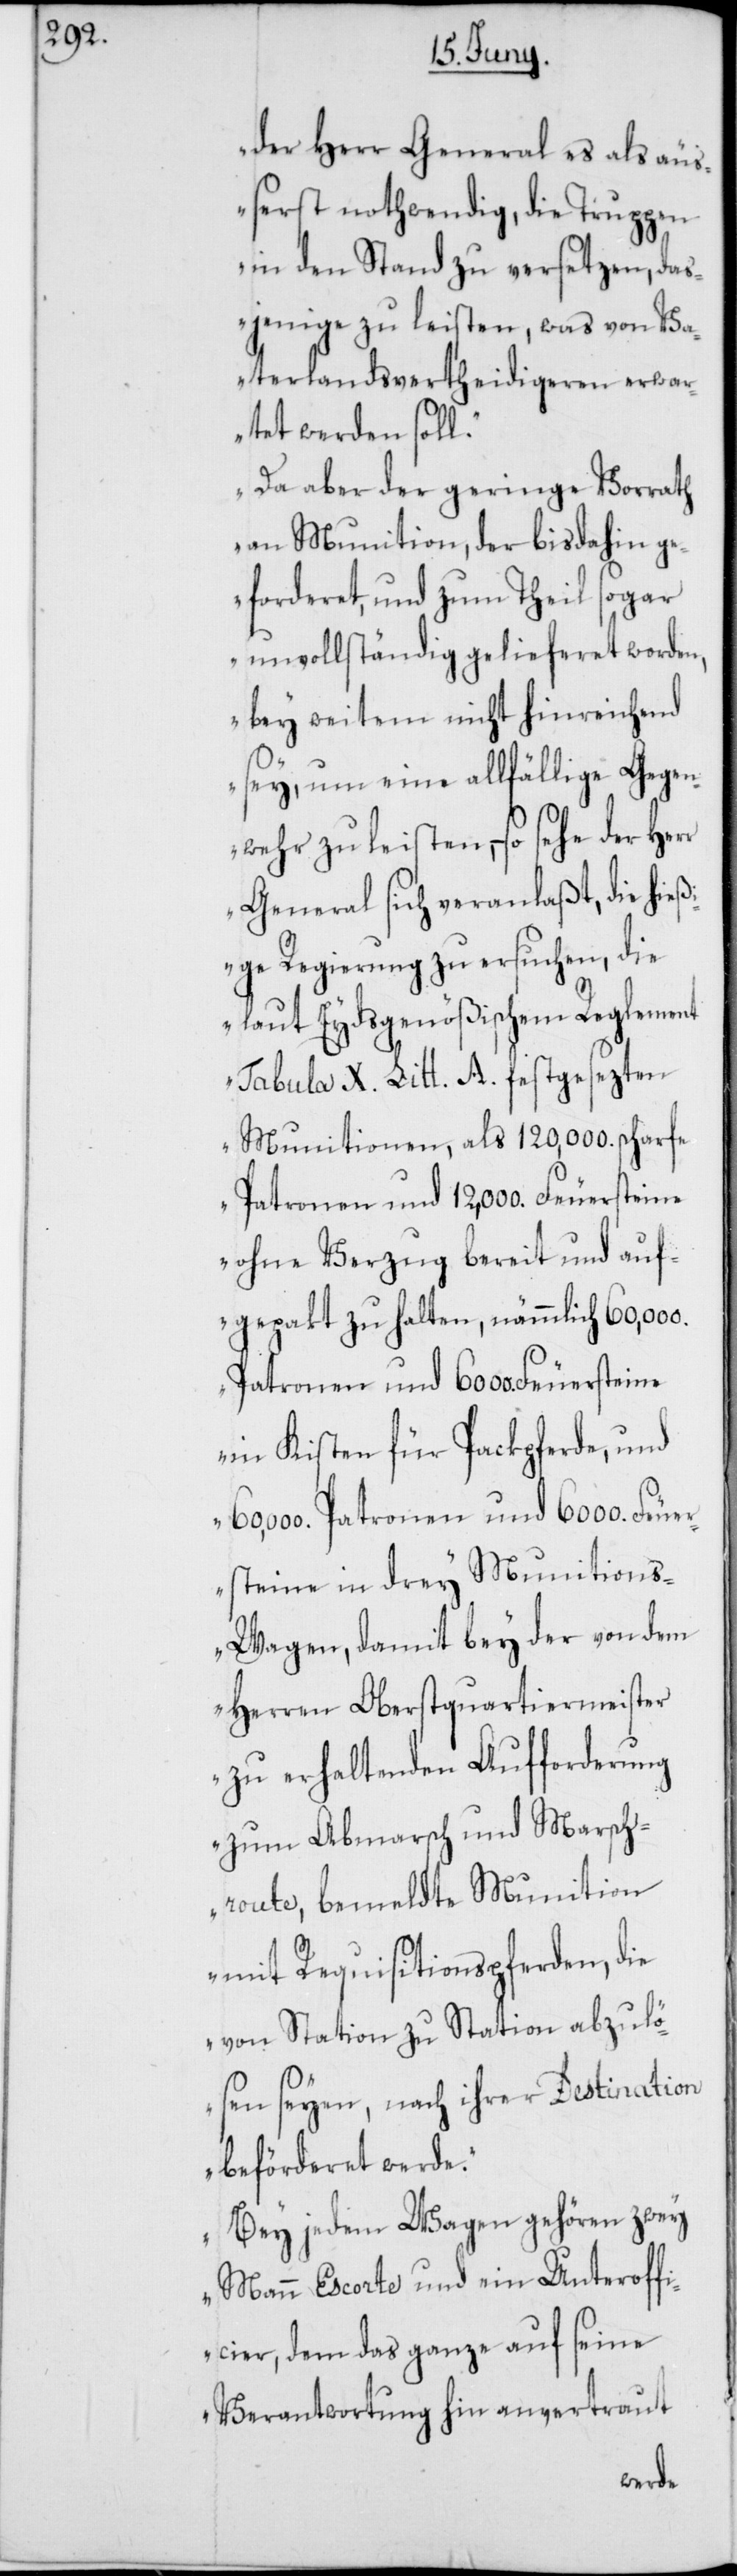
der Herr General es als äuß¬
erst nothwendig, die Truppen
in den Stand zu versetzen, das¬
jenige zu leisten, was von Va¬
terlandsvertheidigeren erwar¬
tet werden soll.
Da aber der geringe Vorrath
an Munition, der bisdahin g¬
eforderet, und zum Theil sogar
unvollständig gelieferet worden,
bey weitem nicht hinreichend
sey, um eine allfällige Gegen¬
wehr zu leisten, – so sehe der
General sich veranlaßt, die hieß¬
ige Regierung zu ersuchen, die
laut Eydsgenößischem Reglement
Tabula X. Litt. A. festgesezten
Munitionen, als 120,000. scharfe
Patronen und 6000. Feuersteine
ohne Verzug bereit und auf¬
gepackt zu halten, nämmlich 60,000.
in Kisten für Packpferde, und
60,000. Patronen und 6000. Feuer¬
steine in drey Munition¬
s-Wagen, damit bey der von dem
Herren Oberstquartiermeister
zu erhaltenden Aufforderung
zum Abmarsch und Marsch¬
route, bemeldte Munition
mit Requisitionspferden, die
von Station zu Station abzulö¬
sen seyen, nach ihrer Destination
beförderet werde.
Bey jedem Wagen gehören zwey
Mann Escorte und ein Unteroff¬
icier, dem das Ganze auf seine
Verantwortung hin anvertraut